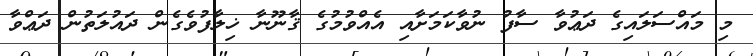
މި މައްސަލައިގެ ދަޢުވާ ސާފު ނުވާކަމަށާއި އެއްވުމުގެ ޤާނޫނާ ޚިލާފުވެގެން ދައުލަތުން ދަޢްވާ